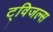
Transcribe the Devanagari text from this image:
ट्विजल्स